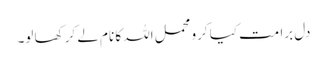
دل برا مت کیا کرو محمل اللہ کا نام لے کر کھا لو۔